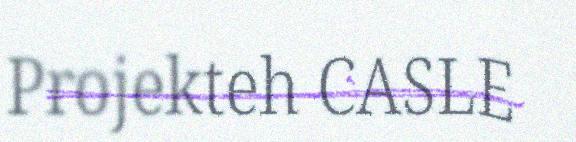
Projekteh CASLE